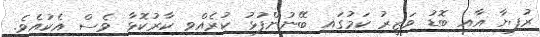
ރުފިޔާ އާއި ބޮޑު ވަޒީރު ކަމުގައި ބޭނުންފުޅު ކުރެއްވި ކާރުކޮޅާ ވެސް އެކުއެވެ.